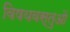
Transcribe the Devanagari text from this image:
विषयवस्‍तुओं